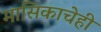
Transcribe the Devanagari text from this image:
मासिकाचेही